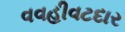
વવહીવટદાર